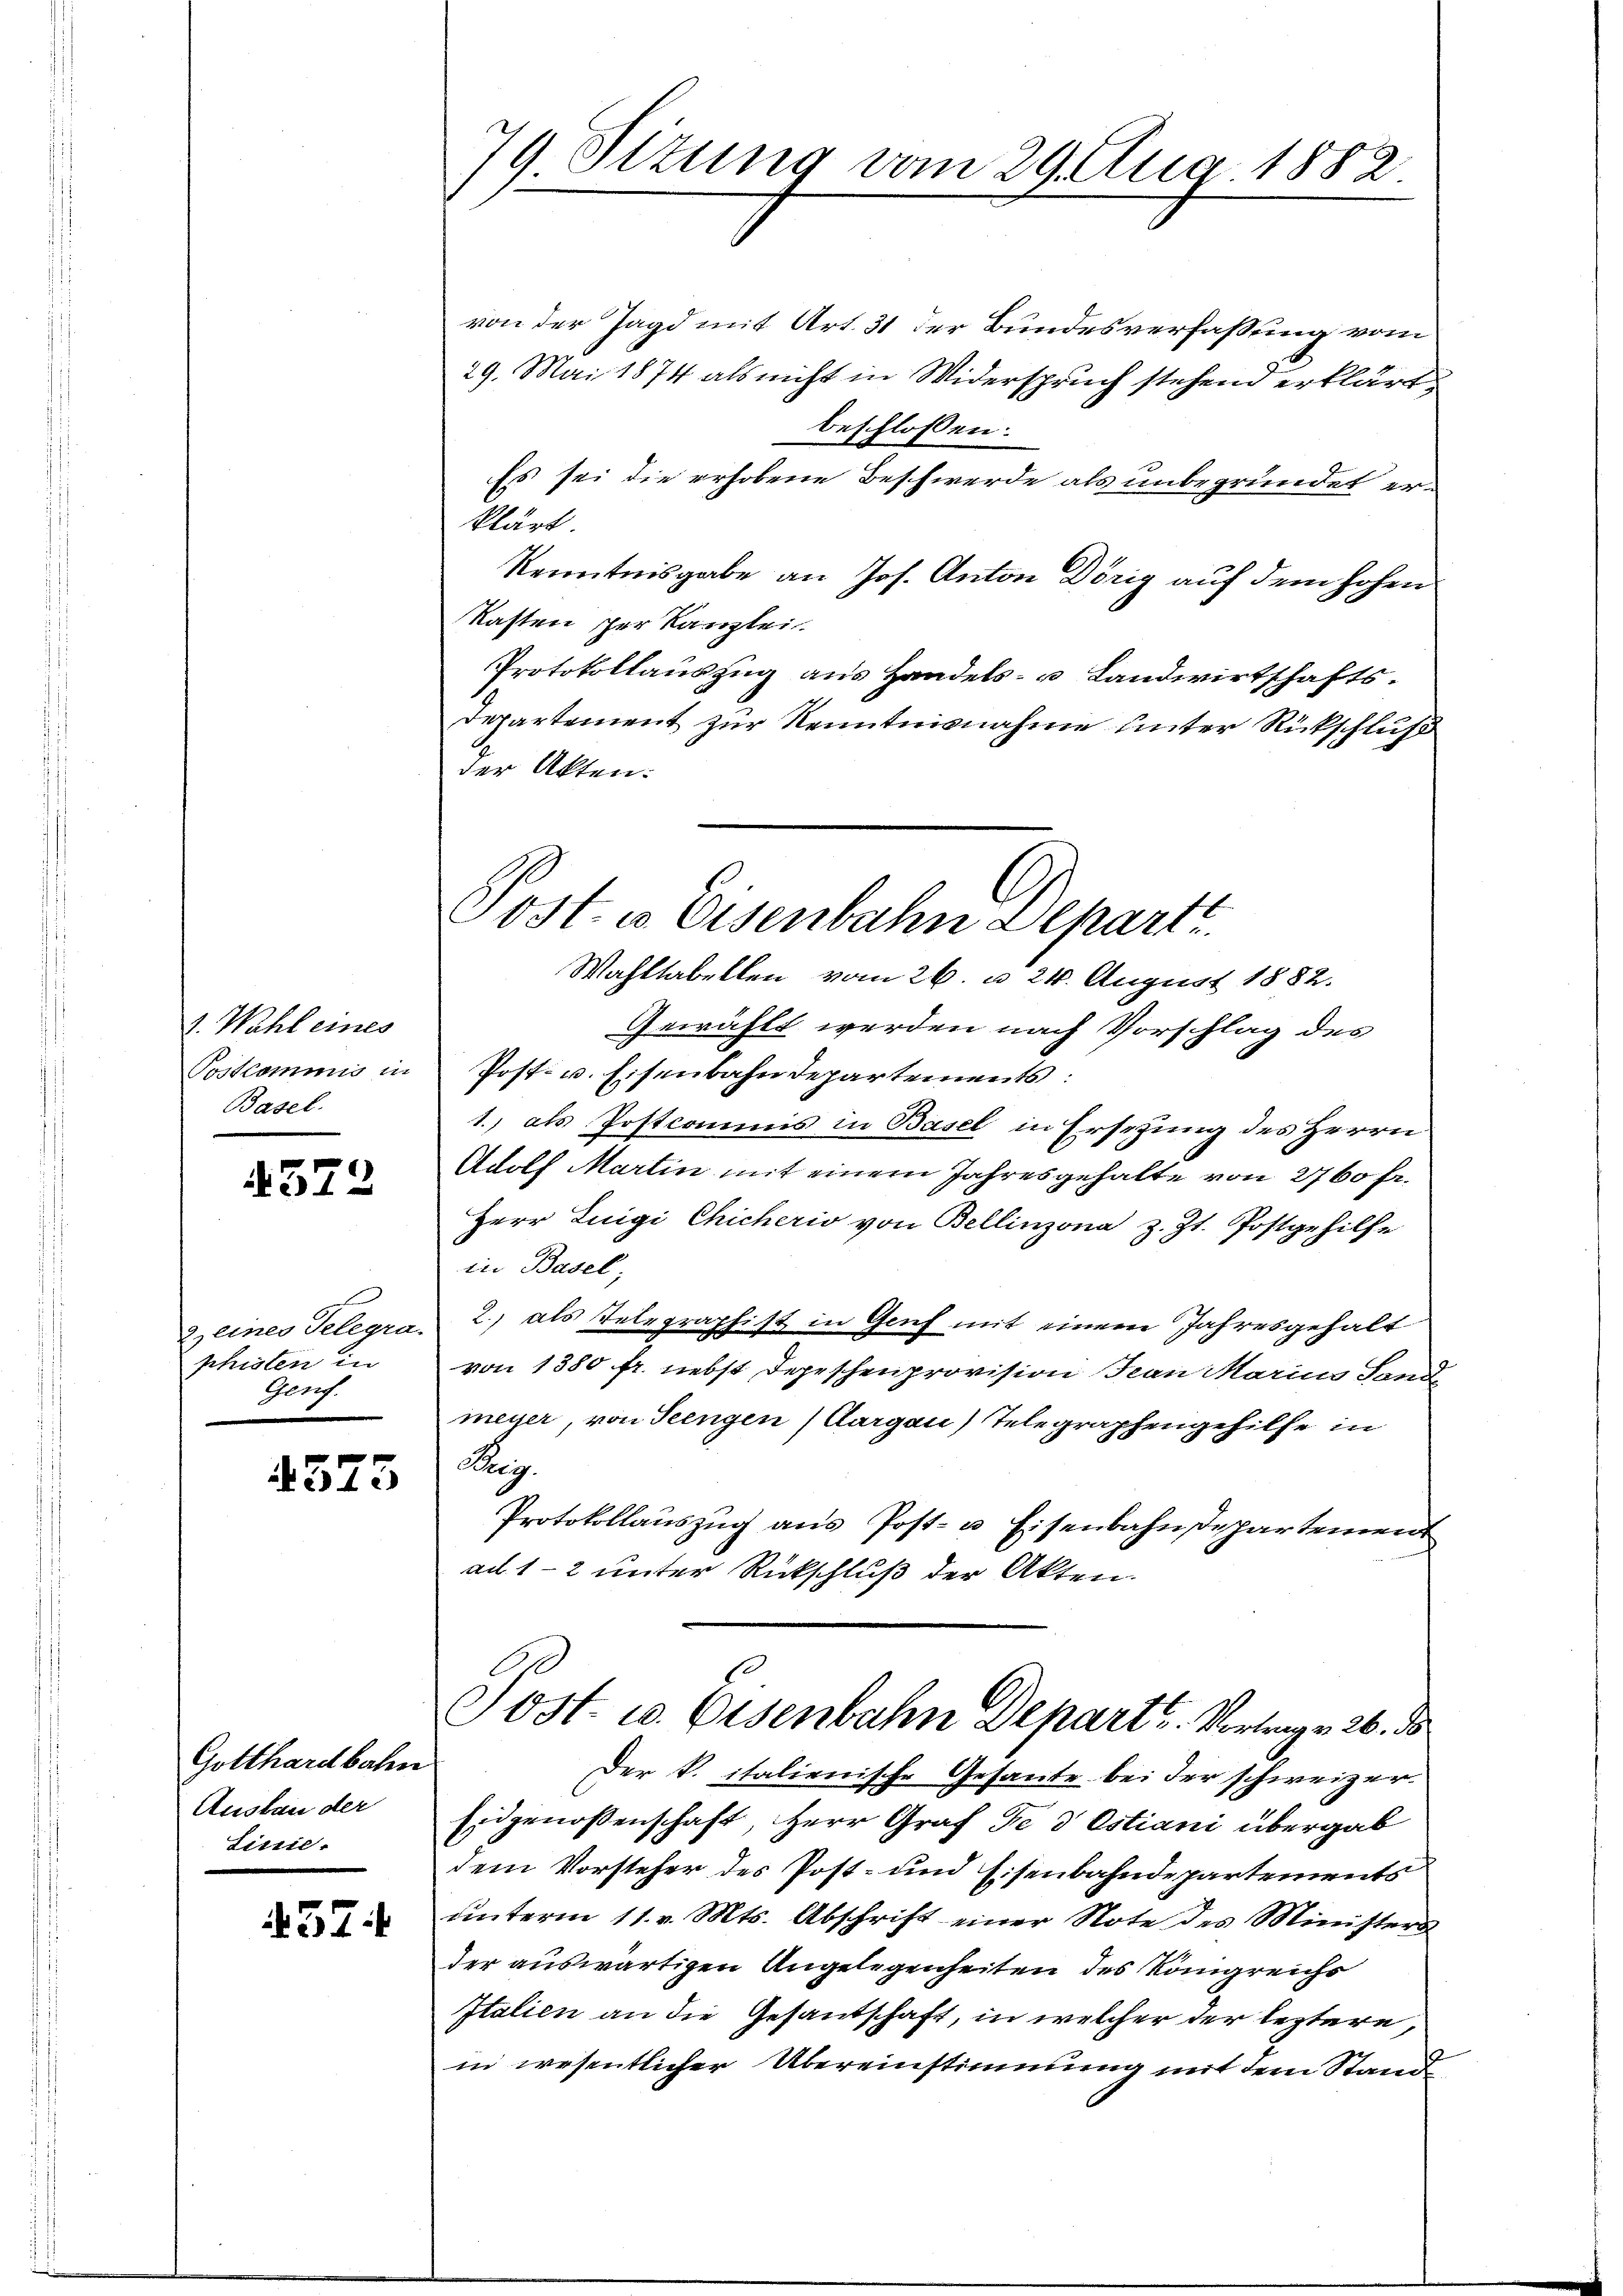
1. Wahl eines
Postcommis in
Basel.

572

phisten in
Genf.

4575

Gotthardbahn
Ausbau der
Linie.

37

79 Ottung vom 29. Aug. 1882.

von der Jagd mit Art. 31 der Bundesverfassung vom
29. Mai 1874 als nicht in Widerspruch stehend erklärt,
beschlossen:
Es sei die erhobene Beschwerde als unbegründet erklärt.
Kenntnisgabe an Jos. Anton Dörig auf dem hohen
Kasten per Kanzlei.
Protokollauszug aus Handels- u Landwirtschafts¬
Departement zur Kenntnisnahme unter Rückschluß
der Akten:
Wahltabellen vom 26. d. 24. August 1882.
Gewählt werden nach Vorschlag des
Post- u. Eisenbahndepartements:
1., als Postcommis in Basel in Ersezung des Herrn
Adolf Martin mit einem Jahresgehalte von 2760 fr.
Herr Luigi Chicheris von Bellinzona z. Zt. Postgehilfe
in Basel,
Zeines Telegra 2) als Telegraphist in Genf mit einem Jahresgehalt
von 1380 fr. nebst Depeschenprovision Frau Marius Sonde
meyer, von Seengen (Aargau) Telegraphengehilfe in
Prey
Protokollauszug aus Post- u. Eisenbahndepartement
ad 1-2 unter Rückschluß der Akten.
1
Jost- u. Eisenbahn Depart. Vortrage 26. ds
Der K. italienische Gesante bei der schweizer¬
Eidgenossenschaft, Herr Graf Fe 3 Estiani übergab
dem Vorsteher des Post- und Eisenbahndepartements
ŭnterm 11. v. Mts. Abschrift einer Note des Ministers
der auswärtigen Angelegenheiten des Königreichs
Italien an die Gesantschaft, in welcher der leztere,
in wesentlicher Übereinstimmung mit dem Stand¬

Post- u Eisenbahn Depart